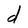
Character: d